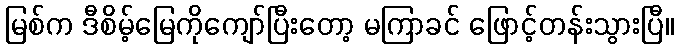
မြစ်က ဒီစိမ့်မြေကိုကျော်ပြီးတော့ မကြာခင် ဖြောင့်တန်းသွားပြီ။